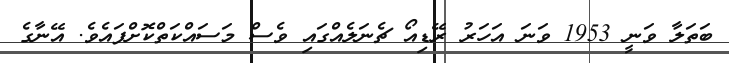
ބަތަލާ ވަނީ 1953 ވަނަ އަހަރު ރޭޑިއޯ ޗެނަލެއްގައި ވެސް މަސައްކަތްކޮށްފައެވެ. އޭނާގެ